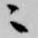
ニ